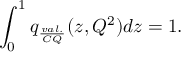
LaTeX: \int _ { 0 } ^ { 1 } q _ { \frac { v a l . } { C Q } } ( z , Q ^ { 2 } ) d z = 1 .